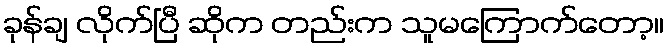
ခုန်ချ လိုက်ပြီ ဆိုက တည်းက သူမကြောက်တော့။